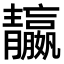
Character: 𩇤